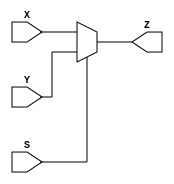
`timescale 1ns / 1ps
`default_nettype none //helps catch typo-related bugs
//////////////////////////////////////////////////////////////////////////////////
// 
// CS 141 - Fall 2015
// Module Name:    mux_2to1 
// Author(s):  Billy Koech
// Description: Two to 1 multiplexer
//
//
//////////////////////////////////////////////////////////////////////////////////
module mux_2to1(X,Y,S,Z); // declare new module 

	parameter N = 32; // 32 bits by default
	
	//port definitions - customize for different bit widths
	input wire [N-1:0] X, Y; //two N bit input buses
	input wire S; // select signal wire 
	output wire [N-1:0] Z; // one N bit output bus
	
	assign Z = S ? Y : X; // mux


endmodule // end of the module
`default_nettype wire //some Xilinx IP requires that the default_nettype be set to wire